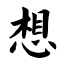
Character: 想